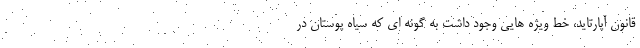
قانون آپارتاید، خط ویژه هایی وجود داشت به گونه ای که سیاه پوستان در